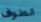
الطوف